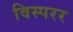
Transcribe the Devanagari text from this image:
विस्परर